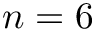
n = 6